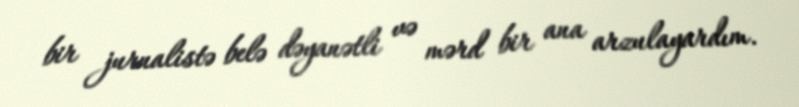
bir jurnalistə belə dəyanətli və mərd bir ana arzulayardım.